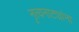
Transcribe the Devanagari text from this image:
नृत्यनाट्यांना